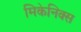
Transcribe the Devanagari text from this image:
मिकेनिक्स